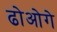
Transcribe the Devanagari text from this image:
ढोओगे